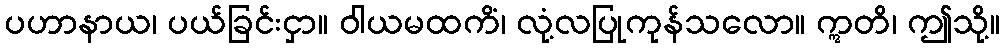
ပဟာနာယ၊ ပယ်ခြင်းငှာ။ ဝါယမထကိံ၊ လုံ့လပြုကုန်သလော။ ဣတိ၊ ဤသို့။